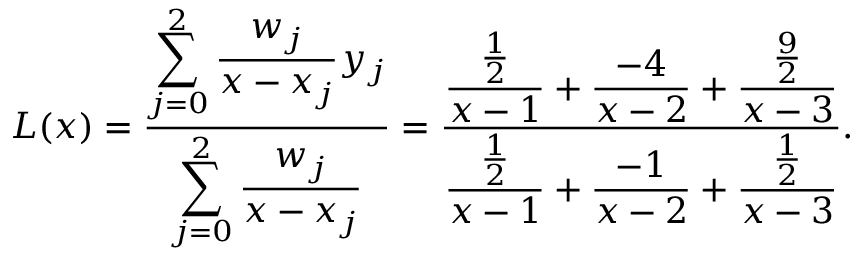
L ( x ) = { \frac { \displaystyle \sum _ { j = 0 } ^ { 2 } { \frac { w _ { j } } { x - x _ { j } } } y _ { j } } { \displaystyle \sum _ { j = 0 } ^ { 2 } { \frac { w _ { j } } { x - x _ { j } } } } } = { \frac { \displaystyle { \frac { \frac { 1 } { 2 } } { x - 1 } } + { \frac { - 4 } { x - 2 } } + { \frac { \frac { 9 } { 2 } } { x - 3 } } } { \displaystyle { \frac { \frac { 1 } { 2 } } { x - 1 } } + { \frac { - 1 } { x - 2 } } + { \frac { \frac { 1 } { 2 } } { x - 3 } } } } .